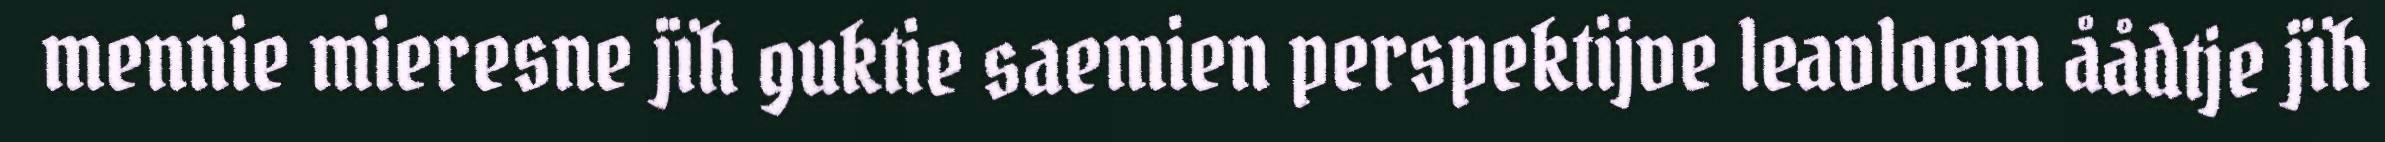
mennie mieresne jïh guktie saemien perspektijve leavloem åådtje jïh